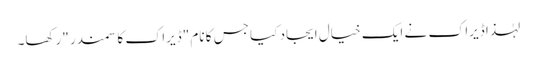
لہٰذا ڈیراک نے ایک خیال ایجاد کیا جس کا نام "ڈیراک کا سمندر "رکھا۔